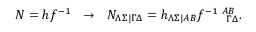
{ \cal N } = h f ^ { - 1 } ~ ~ \rightarrow ~ ~ { \cal N } _ { \Lambda \Sigma | \Gamma \Delta } = h _ { \Lambda \Sigma | A B } f _ { ~ ~ ~ ~ ~ \Gamma \Delta } ^ { - 1 ~ A B } .